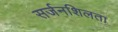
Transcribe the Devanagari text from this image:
सर्जनशिलता